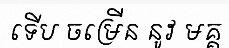
ទើប ចម្រើន នូវ មគ្គ